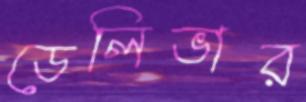
ডেলিভার